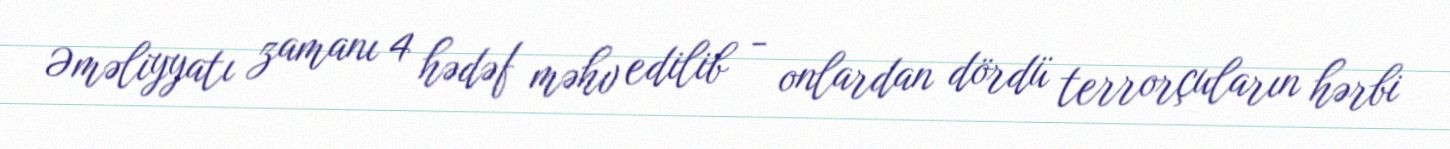
Əməliyyatı zamanı 4 hədəf məhv edilib - onlardan dördü terrorçuların hərbi